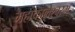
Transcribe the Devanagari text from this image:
महाकालेश्वरम्